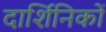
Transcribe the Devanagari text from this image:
दार्शिनिकों